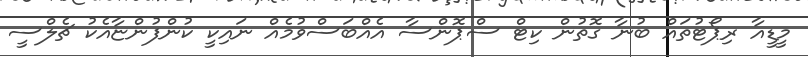
މީޑީއާ ރިޕޯޓުތައް ބުނާ ގޮތުން ކިޓް ސްޕޮންސާ އެއްބަސްވުމެއް ނައިކީ ކުންފުންޏާއެކު ޗެލްސީ